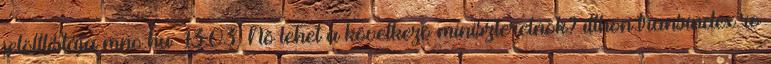
jelöltlistája mno.hu 13:03 Nõ lehet a következõ miniszterelnök? itthon.transindex.ro